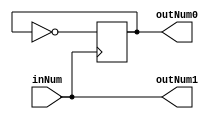
module time_create(inNum,outNum0,outNum1);
	//A14
	input inNum;
	output reg outNum0;
	output outNum1;
	
	assign outNum1 = inNum;

	always @ (posedge inNum)
		outNum0 <= ~outNum0;
	
	initial outNum0 <= 0;

endmodule